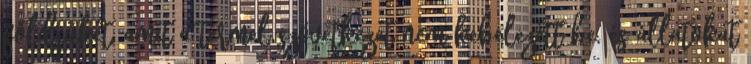
földjüket, amit a termelıszövetkezet nem kebelezett be, és állatokat